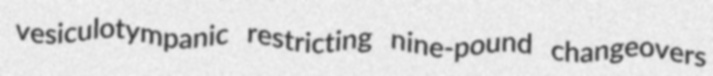
vesiculotympanic restricting nine-pound changeovers